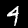
Label: 4